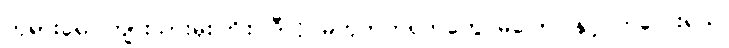
ဘုရားရေ၊ ကျားသားမိုးကြိုး၊ ဒီလို မဟုတ်တရုတ်တွေ မပြောပါနှင့် ကလေးရယ်၊